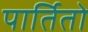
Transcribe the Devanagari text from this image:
पार्तितो